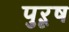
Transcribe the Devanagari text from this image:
पुऱूष